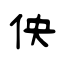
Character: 佒